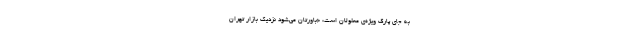
به جای پارک ویژه‌ی معلولان است: «باورتان می‌شود نزدیک بازار تهران